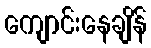
ကျောင်းနေချိန်